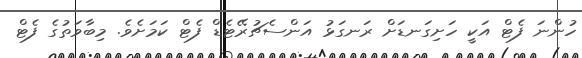
ހުންނަ ފެޓް އަކީ ހަށިގަނޑަށް ރަނގަޅު އަންސެޗުރޭޓެޑް ފެޓް ކަމަށެވެ. މިބާވަތުގެ ފެޓް